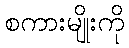
စကားမျိုးကို